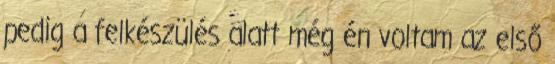
pedig a felkészülés alatt még én voltam az első